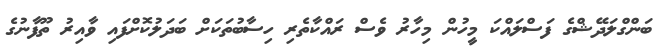
ބަންގްލަދޭޝްގެ ފަސްލައްކަ މީހުން މިހާރު ވެސް ރައްކާތެރި ހިސާބުތަކަށް ބަދަލުކޮށްފައި ވާއިރު ތޫފާނުގެ